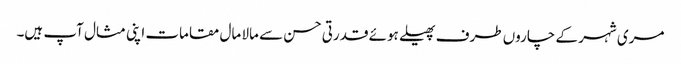
مری شہر کے چاروں طرف پھیلے ہوئے قدرتی حسن سے مالا مال مقامات اپنی مثال آپ ہیں۔